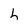
Character: h